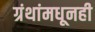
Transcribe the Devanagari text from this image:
ग्रंथांमधूनही